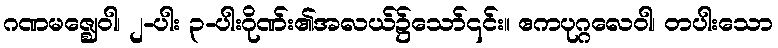
ဂဏမဇ္ဈေဝါ၊ ၂-ပါး ၃-ပါးဂိုဏ်း၏အလယ်၌သော်၎င်း။ ဧကပုဂ္ဂလေဝါ၊ တပါးသော